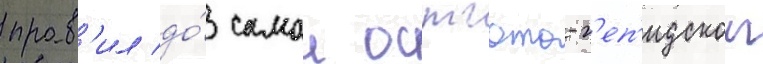
прав'ил до́ самои остгото-г'еп'идскои